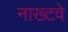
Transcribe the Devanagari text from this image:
नाख्टवे